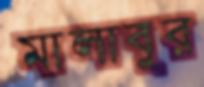
মালাবুর